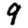
Digit: 9